Vital statistics of India. Vol. V, Reports of 1876 on armies & jails and on epidemic cholera
Year: 1876
Disease focus: Cholera
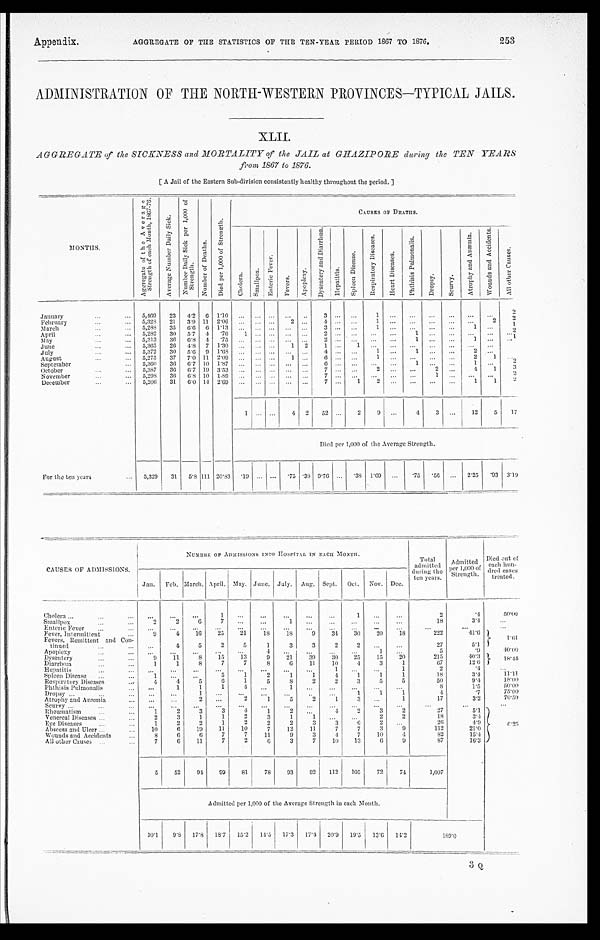
AGGREGATE OF THE STATISTICS OF THE TEN-YEAR PERIOD 1867 TO 1876.
Appendix.
253
ADMINISTRATION OF THE NORTH-WESTERN PROVINCES—TYPICAL JAILS.
XLII.
AGGREGATE of the SICKNESS and MORTALITY of the JAIL at GHAZIPORE during the TEN YEARS
from 1867 to 1876.
[A Jail of the Eastern Sub-division consistently healthy throughout the period.]
MONTHS.
A g g r e g a t e o f t h e A v e r a g e s t r e n g t h o f e a c h M o n t h , 1 8 6 7 - 7 6 .
A v e r a g e N u m b e r D a i l y S i c k .
N u m b e r D a i l y S i c k p e r 1 , 0 0 0 o f S t r e n g t h .
N u m b e r o f D e a t h s .
D i e d p e r 1 , 0 0 0 o f S t r e n g t h .
CAUSES OF DEATHS.
C h o l e r a .
S m a l l p o x . E n t e r i c F e v e r .
F e v e r s .
A p o p l e x y .
D y s e n t e r y a n d D i a r r h œ a .
H e p a t i t i s .
S p l e e n D i s e a s e .
R e s p i r a t o r y D i s e a s e s .
H e a r t D i s e a s e s .
P h t h i s i s P u l m o n a l i s .
D r o p s y .
S c u r v y .
A t r o p h y a n d A n æ m i a . W o u n d a n d A c c i d e n t s .
A l l o t h e r C a u s e s .
January
5,469 23 4. 2 6 1.10
3
1
2
February
5,328 21 3. 9 11 2.06
2
4
1
2
2
March
5,288 35 6. 6 6 1.13
3
1
1
1
April
5,282 30 5. 7 4
. 7 6 1
2
1
2
May
5,313 36 6.8 4
. 7 5
2
1
1
1
June
5,365 26 4. 8 7 1.30
1 2 1
1
July
5,372 30 5. 6 9 1.68
4
1
1
2
August
5,275 37 7. 0 11 2.09
1
6
1
2
1
September
5,360 36 6.7 10 1.87
6
1
1
2
October
5,387 36 6. 7 19 3.53
7
2
2
4 1
3
November
5,298 36 6 . 8 10 1.89
7
1
2
December
5,206 31 6. 0 14 2.69
7
1 2
1 1
2
1
4 2 52
2
9
4 3
12 5 17
Died per 1,000 of the Average Strength.
For the ten years
5,329 31 5. 8 111 20.83 . 1 9
.75 .38 9.76
. 3 8 1.69
. 7 5 . 5 6
2. 25 .93 3.19
CAUSES OF ADMISSIONS.
NUMBER OF ADMISSIONS INTO HOSPITAL IN EACH MONTH.
Total
admitted
during the
ten years.
Ad mi t t e d p e r 1 , 0 0 0 o f S t r e n g t h . Died out of
each hun-
dred cases
treated.
Jan. Feb. March. April. May. June. July. Aug. Sept. Oct. Nov. Dec.
Cholera
1
1
2
.4
5 0 . 0 0
Smallpox
2 2
6
7
1
18
3. 4
Enteric Fever
Fever, Intermittent
9
4 16 25 21 18 18 9 34 30 20 18
222
4 1 . 6
1 . 6 1
Fevers, Remittent and Con-
tinued
4 5 2 5 1
3 3 2
2
27
5. 1
Apoplexy
4
1
5
.9
4 0 . 0 0
Dysentery
9 11 8 15 13 9 21 39 30 25 15 20
215
4 0 . 3
1 8 . 4 4
Diarrhœa
1 1 8 7 7 8 6 11 10 4 3 1
67
12. 6
Hepatitis
1
1
2
.4
Spleen Disease
1
5 1
2
1
1 4 1
1 1
18
3. 4
11.11
Respiratory Diseases
4 4
5
6 1 5 8 2 2 3 5 5
50
9. 4
1 8 . 0 0
Phthisis Pulmonalis
1 1 1
4
1
8
1. 5
5 0 . 0 0
Dropsy
1
1 1 1
4
.7
7 5 . 0 0
Atrophy and Anæmia
2
2 1 5 2 1 3
1
17
3. 2
7 0 . 5 9
Scurvy
6 . 2 5
Rheumatism
1
2 3 3
4 1
2
4
3
2
27
5. 1
Venereal Diseases
2 3
1 1 2 3 1 1
2 2
1 8
3. 4
Eye Diseases
1 2 2 1 2 2 2 3 3
6
2
2 6
4 . 9
Abscess and Ulcer
10 6 19 11 10 7 12 11 7 7 3
9
1 1 2
21.0
Wounds and Accidents
8
6 6 7 7 11
9 3 4 7 10
4
82
15. 4
All other Causes
7
6 11 7 2
6
3 7 10 13
6 9
87
16. 3
5 52
9 4 99 81 78 93 92 112 105 72 74
1,007
Admitted per 1,000 of the Average Strength in each Month.
10. 1 9.8 17.8
1 8 . 7
15. 2 14. 5 17.3 17. 4 20. 9 19. 5 13. 6 14.2
1 8 9 . 0
3 Q